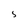
Character: 5